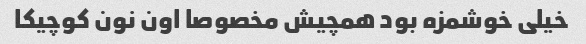
خیلی خوشمزه بود همچیش مخصوصا اون نون کوچیکا